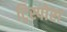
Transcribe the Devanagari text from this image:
ट्रिस्पोरा